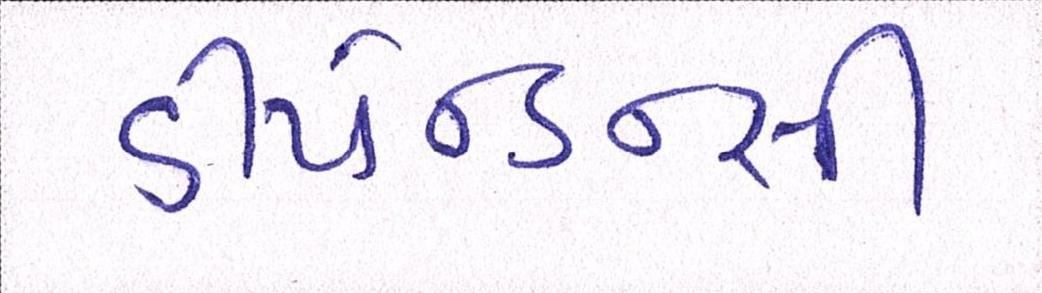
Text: ડીપેન્ડન્સી